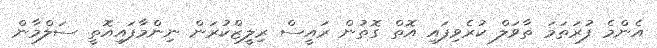
އެންމެ ފުރަތަމަ ތާވަލް ކުރެވިފައި އޮތް ގޮތުން ރައީސް ރިލީޒްކުރަން ނިންމާފައިއޮތީ ސަލްމާން